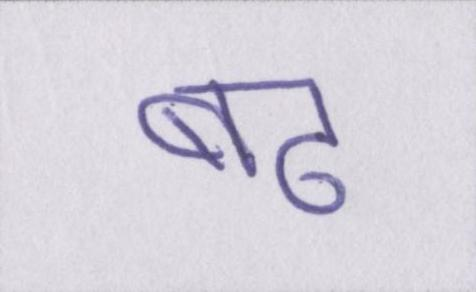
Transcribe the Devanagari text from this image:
बढ